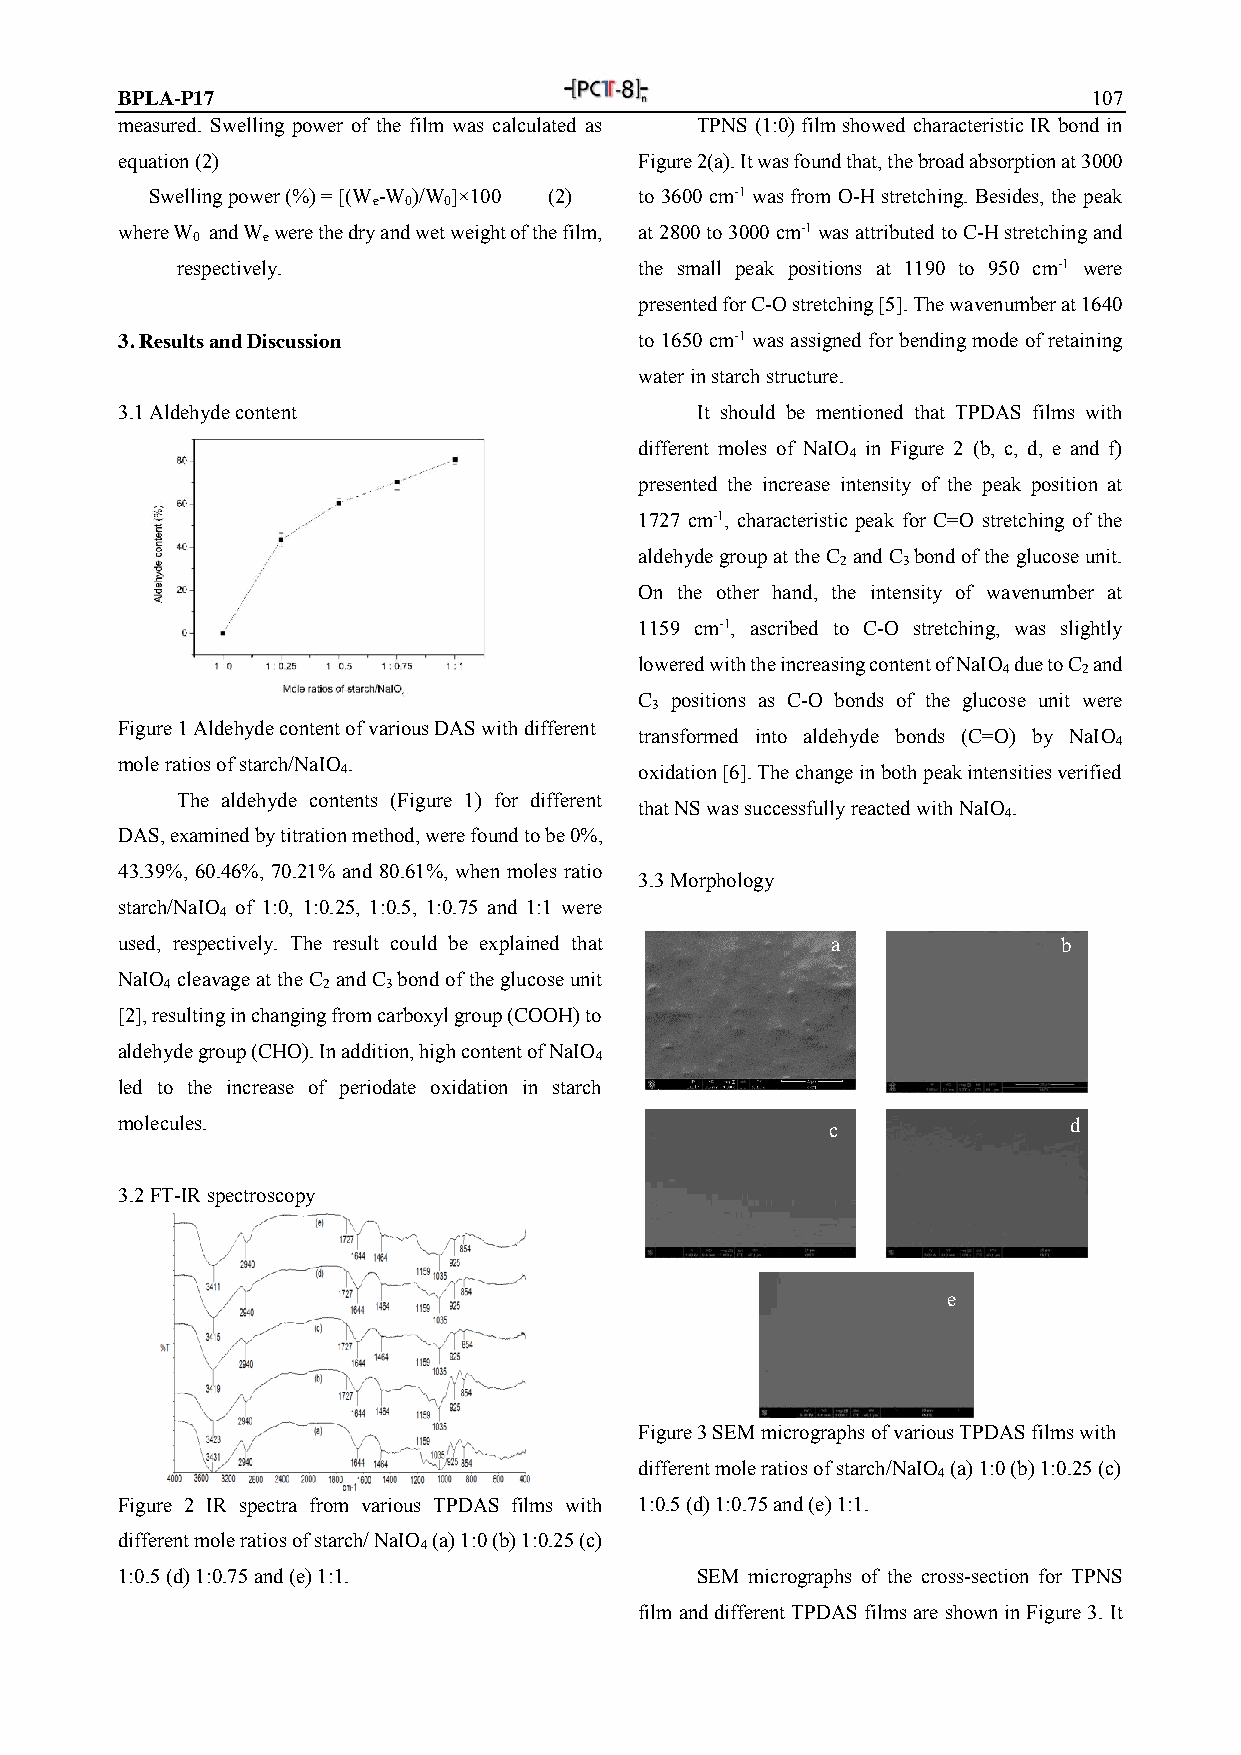
BPLA-P17                                                        107
 measured. Swelling power of the film was calculated as TPNS (1:0) film showed characteristic IR bond in
 equation (2)                      Figure 2(a). It was found that, the broad absorption at 3000
 Swelling power (%) = [(W -W )/W ]×100 (2) to 3600 cm-1 was from O-H stretching. Besides, the peak
 e 0 0
 where W and W were the dry and wet weight of the film, at 2800 to 3000 cm-1 was attributed to C-H stretching and
 0   e
 respectively.                 the small peak positions at 1190 to 950 cm-1 were
 presented for C-O stretching [5]. The wavenumber at 1640
 3. Results and Discussion         to 1650 cm-1 was assigned for bending mode of retaining
 water in starch structure.
 3.1 Aldehyde content                  It should be mentioned that TPDAS films with
 different moles of NaIO in Figure 2 (b, c, d, e and f)
 4
 presented the increase intensity of the peak position at
 1727 cm-1, characteristic peak for C=O stretching of the
 aldehyde group at the C and C bond of the glucose unit.
 2   3
 On the other hand, the intensity of wavenumber at
 1159 cm-1, ascribed to C-O stretching, was slightly
 lowered with the increasing content of NaIO due to C and
 4     2
 C positions as C-O bonds of the glucose unit were
 3
 Figure 1 Aldehyde content of various DAS with different
 transformed into aldehyde bonds (C=O) by NaIO
 4
 mole ratios of starch/NaIO .
 4                  oxidation [6]. The change in both peak intensities verified
 The aldehyde contents (Figure 1) for different
 that NS was successfully reacted with NaIO .
 4
 DAS, examined by titration method, were found to be 0%,
 43.39%, 60.46%, 70.21% and 80.61%, when moles ratio
 3.3 Morphology
 starch/NaIO of 1:0, 1:0.25, 1:0.5, 1:0.75 and 1:1 were
 4
 used, respectively. The result could be explained that a      b
 NaIO cleavage at the C and C bond of the glucose unit
 4         2    3
 [2], resulting in changing from carboxyl group (COOH) to
 aldehyde group (CHO). In addition, high content of NaIO
 4
 led to the increase of periodate oxidation in starch
 molecules.                                     c               d
 3.2 FT-IR spectroscopy
 e
 Figure 3 SEM micrographs of various TPDAS films with
 different mole ratios of starch/NaIO (a) 1:0 (b) 1:0.25 (c)
 4
 Figure 2 IR spectra from various TPDAS films with 1:0.5 (d) 1:0.75 and (e) 1:1.
 different mole ratios of starch/ NaIO (a) 1:0 (b) 1:0.25 (c)
 4
 1:0.5 (d) 1:0.75 and (e) 1:1.         SEM micrographs of the cross-section for TPNS
 film and different TPDAS films are shown in Figure 3. It